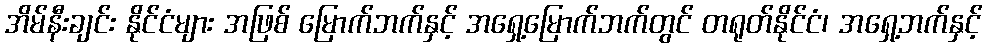
အိမ်နီးချင်း နိုင်ငံများ အဖြစ် မြောက်ဘက်နှင့် အရှေ့မြောက်ဘက်တွင် တရုတ်နိုင်ငံ၊ အရှေ့ဘက်နှင့်